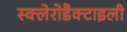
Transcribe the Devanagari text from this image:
स्क्लेरोडैक्टाइली